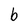
Character: b